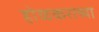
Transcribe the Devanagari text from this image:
होळकराच्या